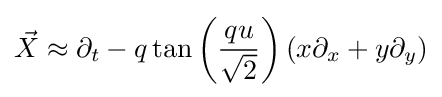
{\vec {X}}\approx \partial _{t}-q\tan \left({\frac {qu}{\sqrt {2}}}\right)\left(x\partial _{x}+y\partial _{y}\right)